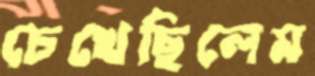
চেখেছিলেম